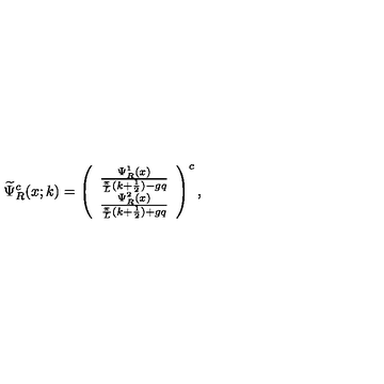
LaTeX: \widetilde { \Psi } _ { R } ^ { c } ( x ; k ) = \left( \begin{array} { c } { \frac { \Psi _ { R } ^ { 1 } ( x ) } { \frac { \pi } { L } ( k + \frac { 1 } { 2 } ) - g q } } \\ { \frac { \Psi _ { R } ^ { 2 } ( x ) } { \frac { \pi } { L } ( k + \frac { 1 } { 2 } ) + g q } } \\ \end{array} \right) ^ { c } ,